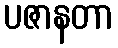
ပဇာနတာ